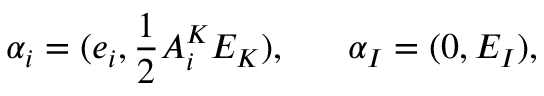
\alpha _ { i } = ( e _ { i } , { \frac { 1 } { 2 } } A _ { i } ^ { K } E _ { K } ) , \ \ \ \ \ \alpha _ { I } = ( 0 , E _ { I } ) ,